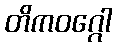
တိကဝဂ္ဂေါ